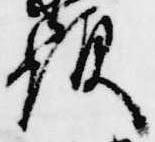
顕